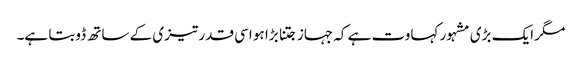
مگر ایک بڑی مشہور کہاوت ہے کہ جہاز جتنا بڑا ہو اسی قدر تیزی کے ساتھ ڈوبتا ہے۔